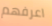
اعرفهم